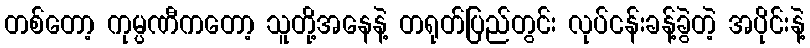
တစ်တော့ ကုမ္ပဏီကတော့ သူတို့အနေနဲ့ တရုတ်ပြည်တွင်း လုပ်ငန်းခန့်ခွဲတဲ့ အပိုင်းနဲ့